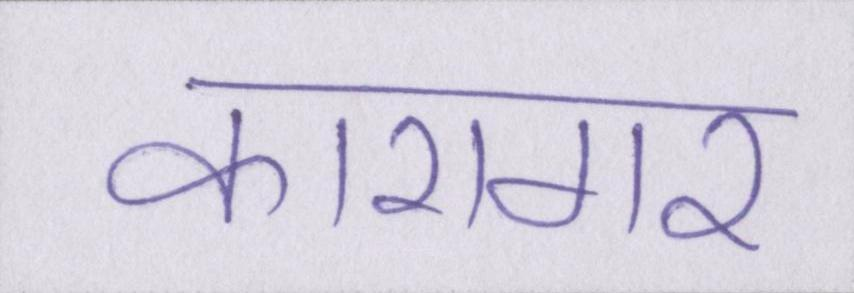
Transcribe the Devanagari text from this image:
कारागर